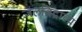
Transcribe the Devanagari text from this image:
जलविद्राव्य